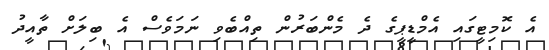
އެ ކޮމިޓީގައި އެމްޑީޕީގެ ދެ މެންބަރުން ތިއްބެވި ނަމަވެސް އެ ބިލަށް ތާއީދު